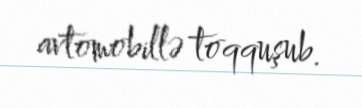
avtomobillə toqquşub.